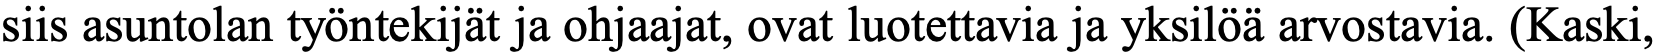
siis asuntolan työntekijät ja ohjaajat, ovat luotettavia ja yksilöä arvostavia. (Kaski,